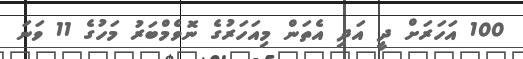
100 އަހަރަށް ދީ އަދި އެތަން މިއަހަރުގެ ނޮވެމްބަރު މަހުގެ 11 ވަނަ